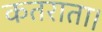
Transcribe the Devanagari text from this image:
कतराता।